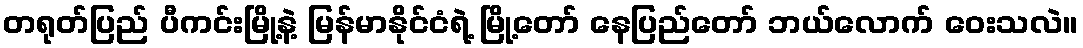
တရုတ်ပြည် ပီကင်းမြို့နဲ့ မြန်မာနိုင်ငံရဲ့ မြို့တော် နေပြည်တော် ဘယ်လောက် ဝေးသလဲ။